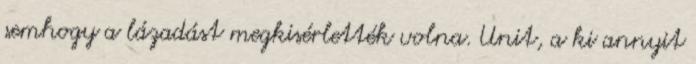
semhogy a lázadást megkisérlették volna. Unit, a ki annyit